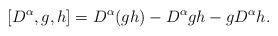
LaTeX: \begin{align*}\left[D^{\alpha}, g, h\right] = D^{\alpha}(gh)-D^{\alpha}g h-gD^{\alpha} h.\end{align*}